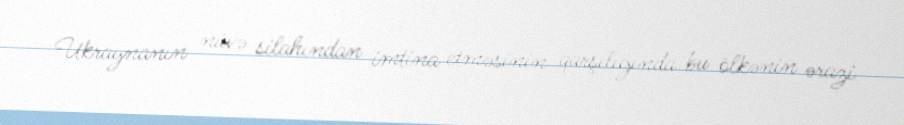
Ukraynanın nüvə silahından imtina etməsinin qarşılığında bu ölkənin ərazi